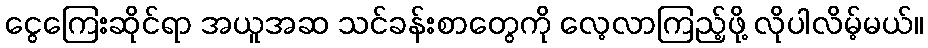
ငွေကြေးဆိုင်ရာ အယူအဆ သင်ခန်းစာတွေကို လေ့လာကြည့်ဖို့ လိုပါလိမ့်မယ်။